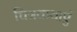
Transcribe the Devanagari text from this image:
चित्रकथाएं